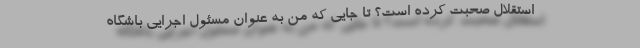
استقلال صحبت کرده است؟ تا جایی که من به عنوان مسئول اجرایی باشگاه